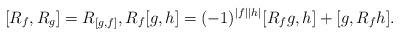
LaTeX: \begin{align*}[R_f,R_g]=R_{[g,f]},R_f [g,h] = (-1)^{|f||h|}[R_f g,h]+[g,R_f h].\end{align*}